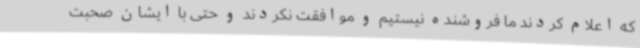
که اعلام کردند ما فروشنده نیستیم و موافقت نکردند و حتی با ایشان صحبت